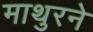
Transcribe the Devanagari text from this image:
माथुरने